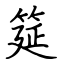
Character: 筵